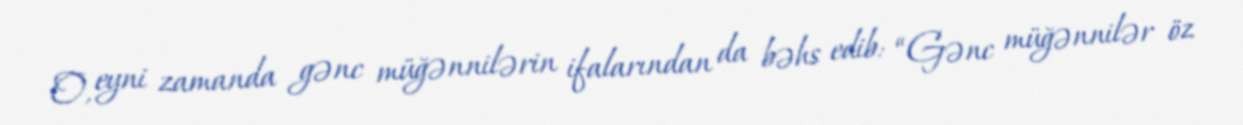
O, eyni zamanda gənc müğənnilərin ifalarından da bəhs edib: “Gənc müğənnilər öz